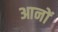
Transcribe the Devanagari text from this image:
आनों